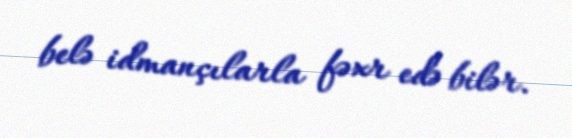
belə idmançılarla fəxr edə bilər.